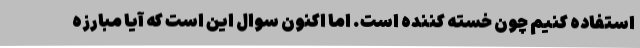
استفاده کنیم چون خسته کننده است. اما اکنون سوال این است که آیا مبارزه